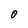
Character: O